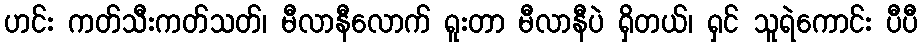
ဟင်း ကတ်သီးကတ်သတ်၊ မီလာနီလောက် ရူးတာ မီလာနီပဲ ရှိတယ်၊ ရှင် သူရဲကောင်း ပီပီ